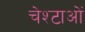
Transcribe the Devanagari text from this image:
चेश्टाओं